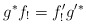
\begin{align*}g^* f_! = f'_! g'^*\end{align*}